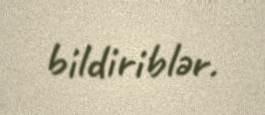
bildiriblər.